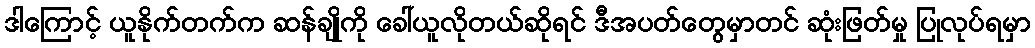
ဒါကြောင့် ယူနိုက်တက်က ဆန်ချိုကို ခေါ်ယူလိုတယ်ဆိုရင် ဒီအပတ်တွေမှာတင် ဆုံးဖြတ်မှု ပြုလုပ်ရမှာ